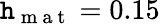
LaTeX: \mathtt{h}_{\mathrm{{~m~a~t~}}}=0.15